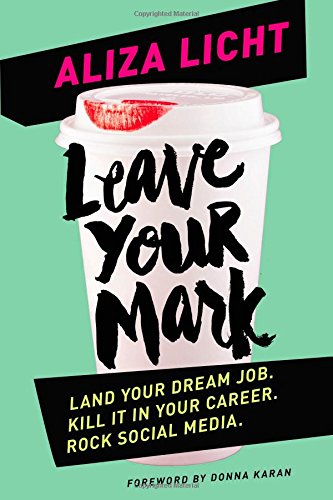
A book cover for Leave Your Mark: Land Your Dream Job. Kill It in Your Career. Rock Social Media.; Aliza Licht; Self-Help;